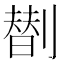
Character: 𠟆